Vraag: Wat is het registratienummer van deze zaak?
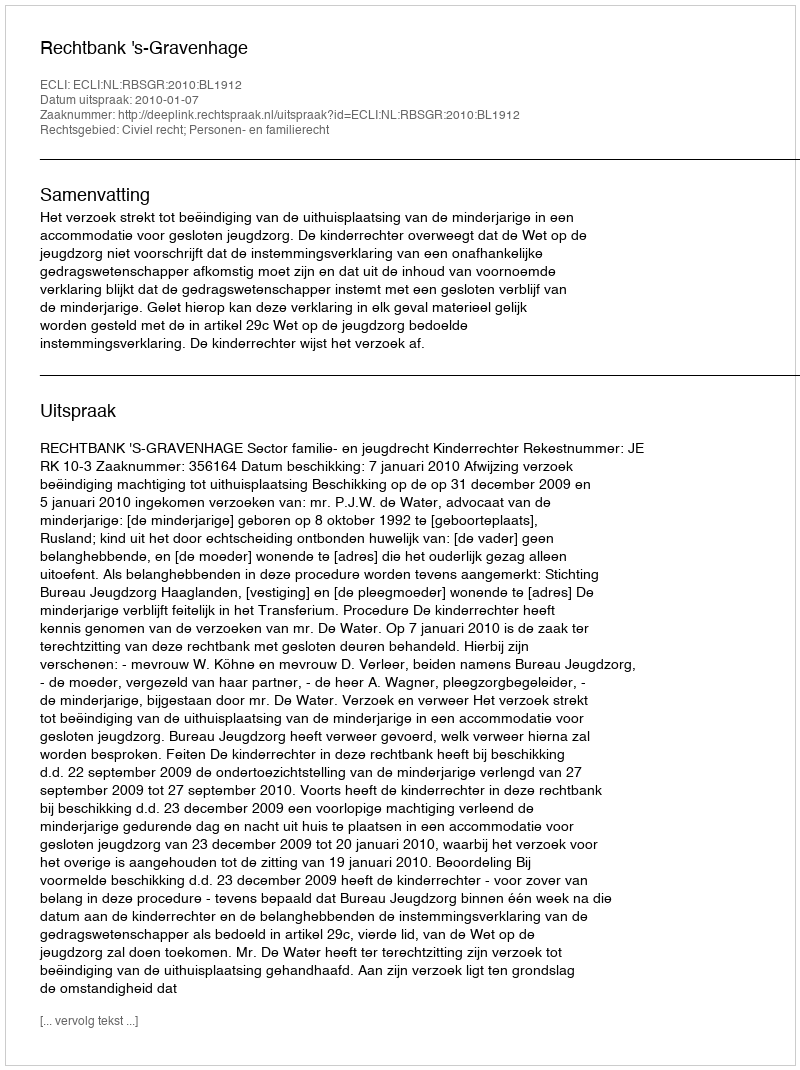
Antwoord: http://deeplink.rechtspraak.nl/uitspraak?id=ECLI:NL:RBSGR:2010:BL1912